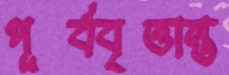
পূর্ববৃত্তান্ত